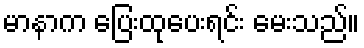
မာနာက ပြေးထုပေးရင်း မေးသည်။